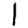
Digit: 1